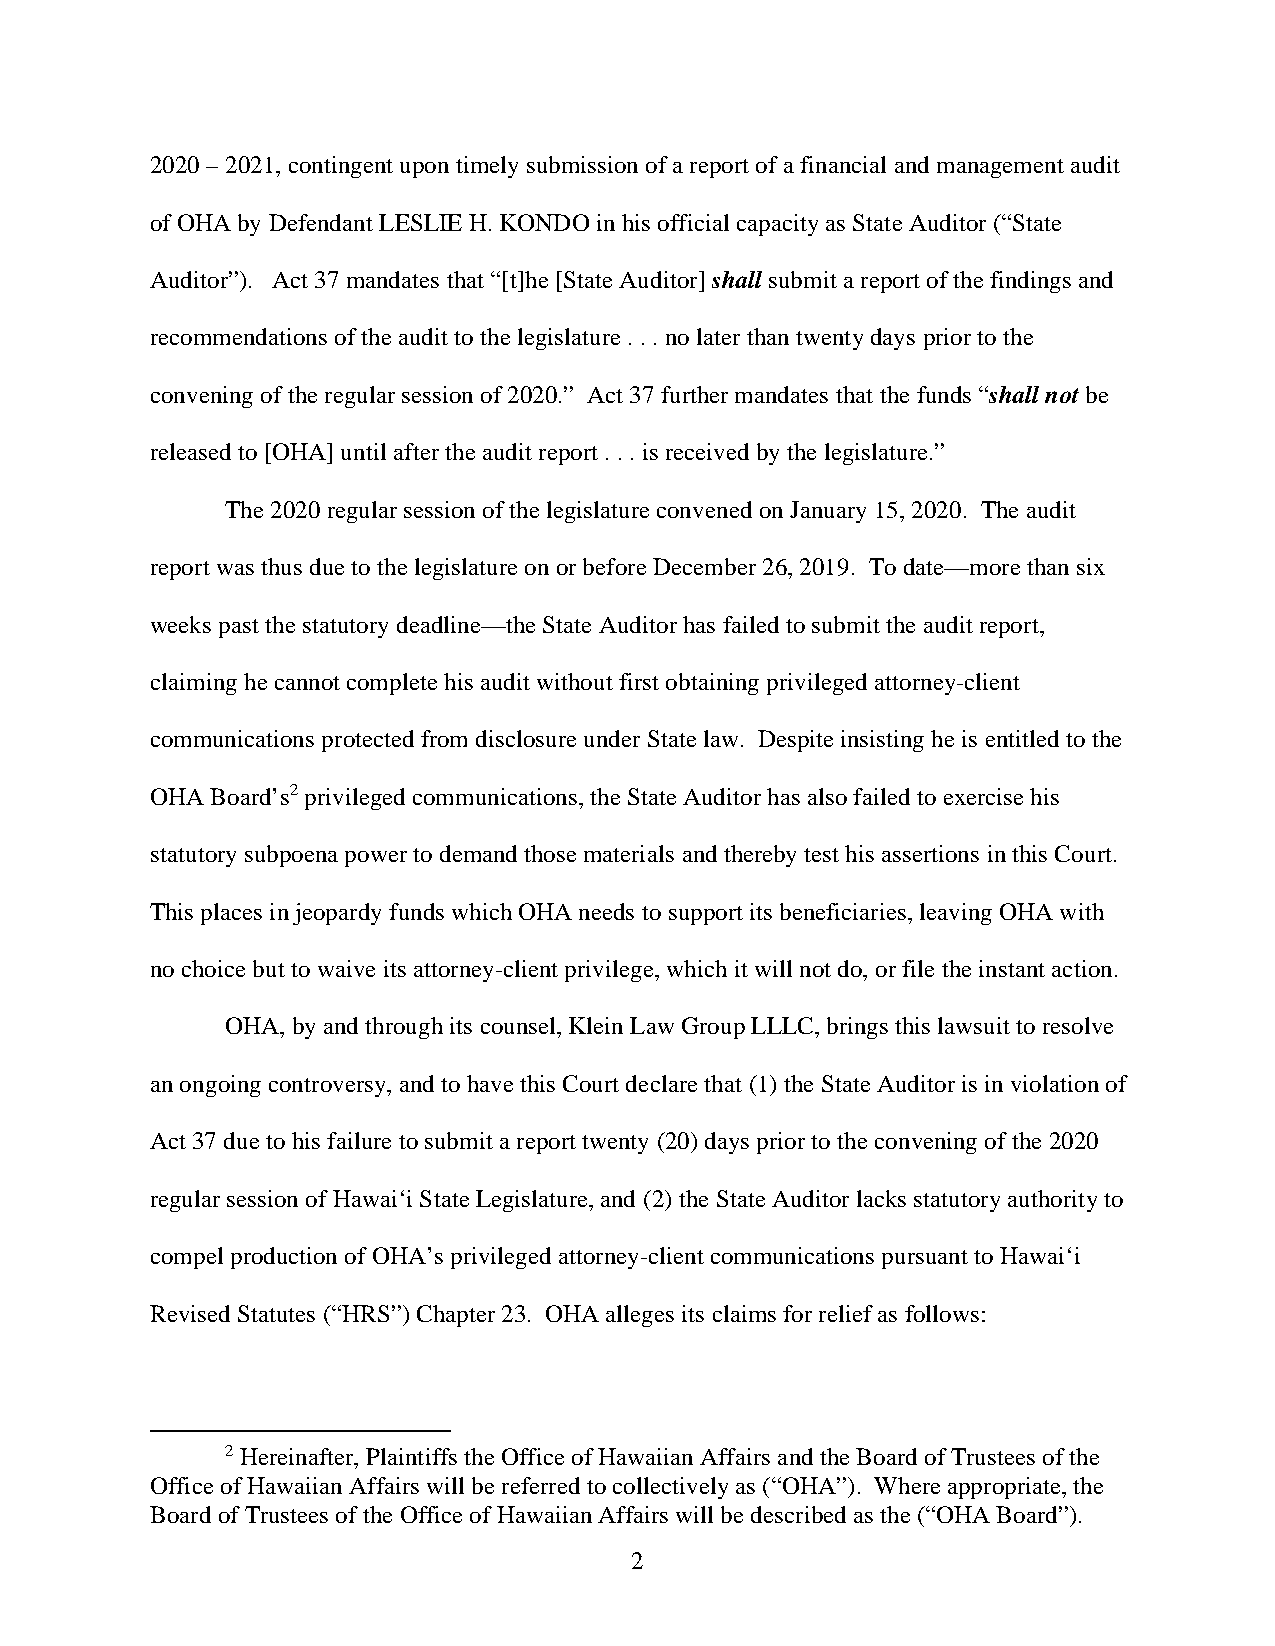
2020 – 2021, contingent upon timely submission of a report of a financial and management audit
 of OHA by Defendant LESLIE H. KONDO in his official capacity as State Auditor (“State
 Auditor”). Act 37 mandates that “[t]he [State Auditor] shall submit a report of the findings and
 recommendations of the audit to the legislature . . . no later than twenty days prior to the
 convening of the regular session of 2020.” Act 37 further mandates that the funds “shall not be
 released to [OHA] until after the audit report . . . is received by the legislature.”
 The 2020 regular session of the legislature convened on January 15, 2020. The audit
 report was thus due to the legislature on or before December 26, 2019. To date—more than six
 weeks past the statutory deadline—the State Auditor has failed to submit the audit report,
 claiming he cannot complete his audit without first obtaining privileged attorney-client
 communications protected from disclosure under State law. Despite insisting he is entitled to the
 OHA Board’s2 privileged communications, the State Auditor has also failed to exercise his
 statutory subpoena power to demand those materials and thereby test his assertions in this Court.
 This places in jeopardy funds which OHA needs to support its beneficiaries, leaving OHA with
 no choice but to waive its attorney-client privilege, which it will not do, or file the instant action.
 OHA, by and through its counsel, Klein Law Group LLLC, brings this lawsuit to resolve
 an ongoing controversy, and to have this Court declare that (1) the State Auditor is in violation of
 Act 37 due to his failure to submit a report twenty (20) days prior to the convening of the 2020
 regular session of Hawai‘i State Legislature, and (2) the State Auditor lacks statutory authority to
 compel production of OHA’s privileged attorney-client communications pursuant to Hawai‘i
 Revised Statutes (“HRS”) Chapter 23. OHA alleges its claims for relief as follows:
 2 Hereinafter, Plaintiffs the Office of Hawaiian Affairs and the Board of Trustees of the
 Office of Hawaiian Affairs will be referred to collectively as (“OHA”). Where appropriate, the
 Board of Trustees of the Office of Hawaiian Affairs will be described as the (“OHA Board”).
 2